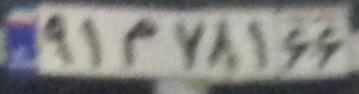
۹۱م۷۸۱۶۶